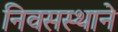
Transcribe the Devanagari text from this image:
निवसस्थाने